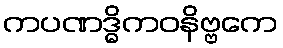
ကပဏဒ္ဓိကဝနိဗ္ဗကေ